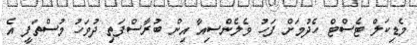
މެޑިކަލް ޓެސްޓް ހެދުމަށް ފަހު ވެލެންސިއާ އިން ބުރާސްފަތި ދުވަހު މުސްތަފީ އެ